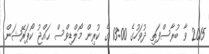
2015 ވާ ބުރާސްފަތި ދުވަހުގެ 13:00 ގެ ކުރިން މޯލްޑިވްސް ޙައްޖު ކޯޕަރޭޝަން